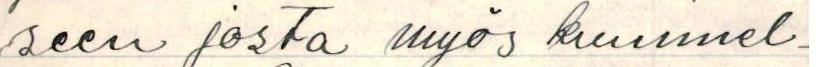
seen josta myös kuunnel-